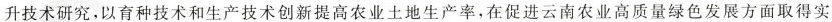
升技术研究，以育种技术和生产技术创新提高农业土地生产率，在促进云南农业高质量绿色发展方面取得实